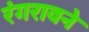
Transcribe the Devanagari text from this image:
रंगरावने